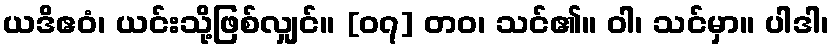
ယဒိဧဝံ၊ ယင်းသို့ဖြစ်လျှင်။ [၀၇] တဝ၊ သင်၏။ ဝါ၊ သင်မှာ။ ပါဒါ၊